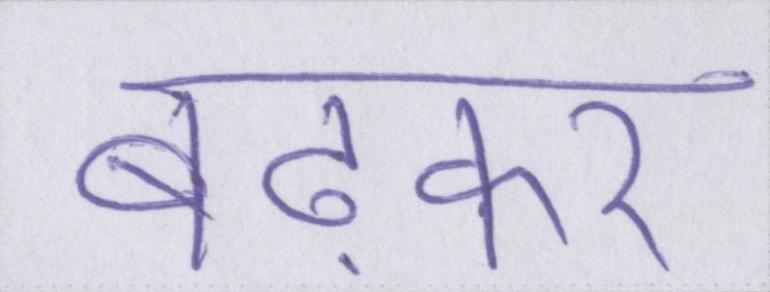
बढ़कर